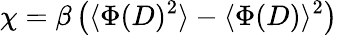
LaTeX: \chi=\beta\left(\langle\Phi(D)^{2}\rangle-\langle\Phi(D)\rangle^{2}\right)